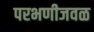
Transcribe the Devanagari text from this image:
परभणीजवळ